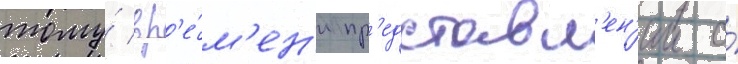
тому́ вр'е́м'ен'и пр'едставл'ен'ии о́